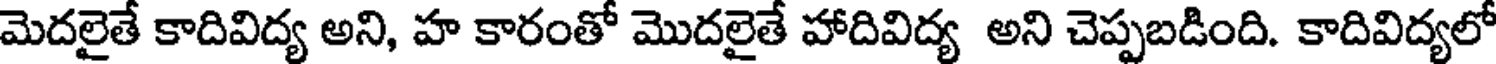
మెదలైతే కాదివిద్య అని, హ కారంతో మొదలైతే హాదివిద్య అని చెప్పబడింది. కాదివిద్యలో